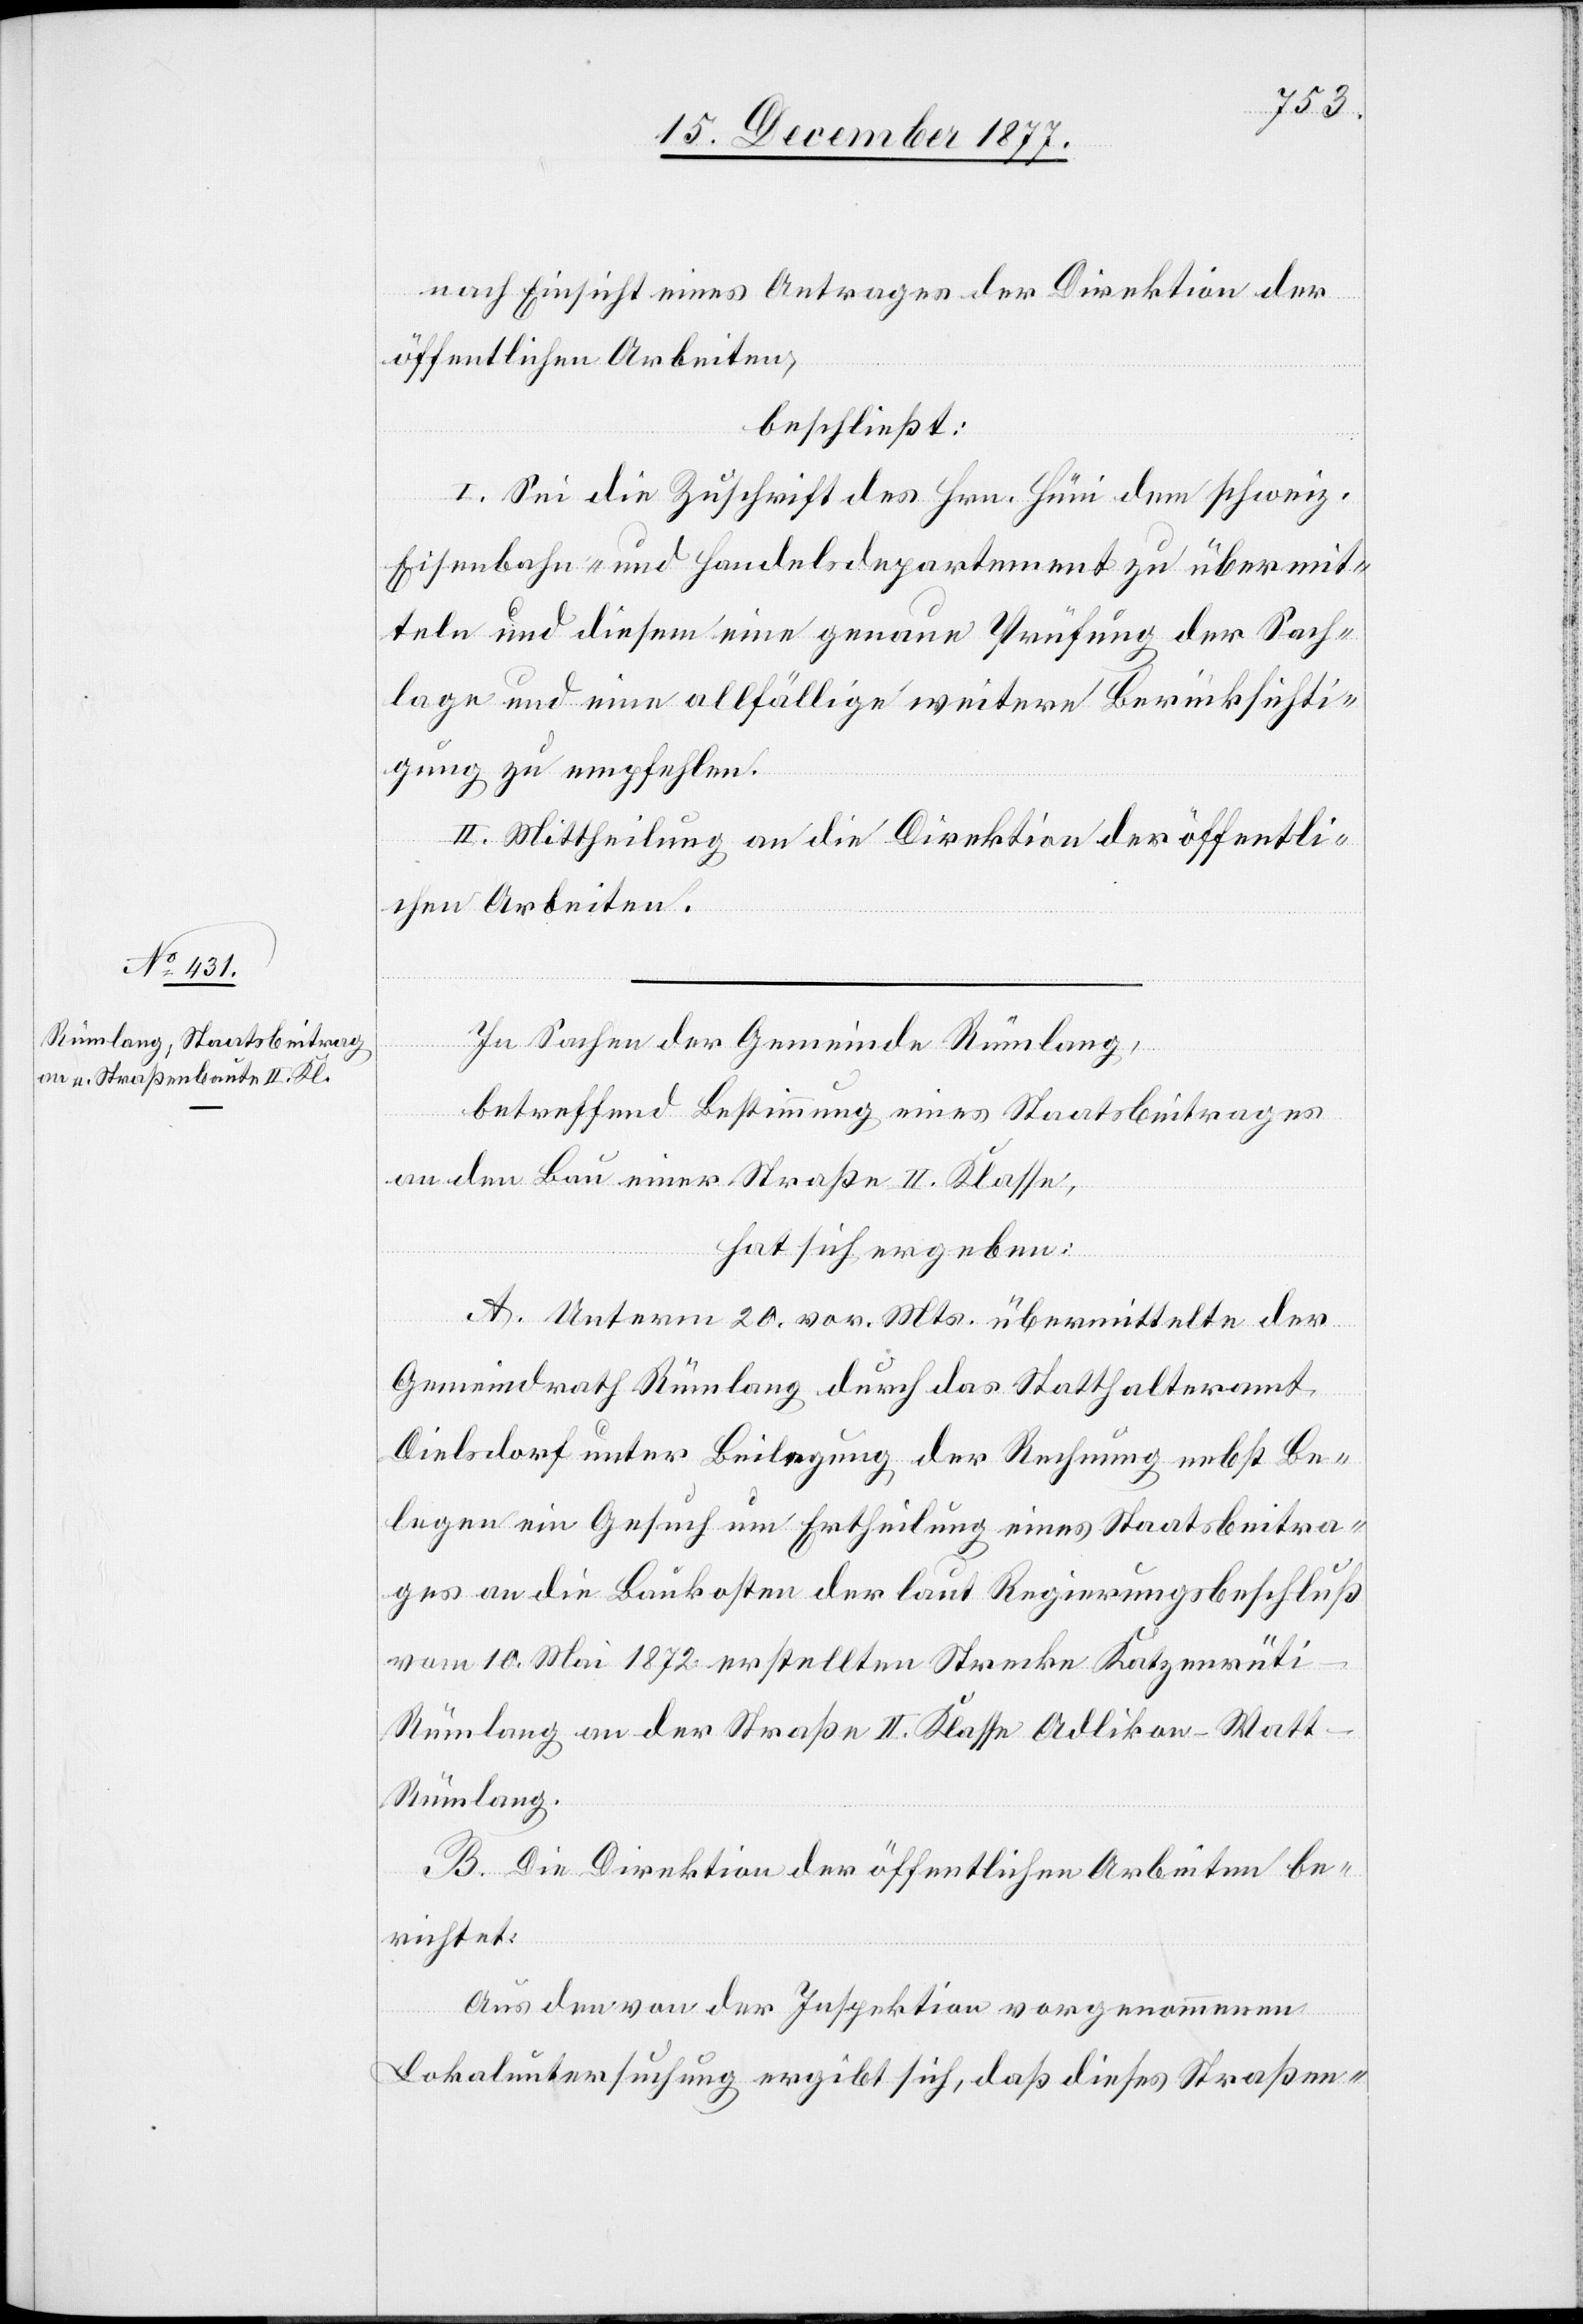
nach Einsicht eines Antrages der Direktion der
öffentlichen Arbeiten,
beschließt:
I. Sei die Zuschrift des Hrn. Hüni dem schweiz.
Eisenbahn- und Handelsdepartement zu übermit¬
teln und diesem eine genaue Prüfung der Sach¬
lage und eine allfällige weitere Berücksichti¬
gung zu empfehlen.
II. Mittheilung an die Direktion der öffentli¬
chen Arbeiten.
In Sachen der Gemeinde Rümlang,
betreffend Bestimmung eines Staatsbeitrages
an den Bau einer Straße II. Klasse,
hat sich ergeben:
A. Unterm 20. vor. Mts. übermittelte der
Gemeindrath Rümlang durch das Statthalteramt
Dielsdorf unter Beilegung der Rechnung nebst Be¬
legen ein Gesuch um Ertheilung eines Staatsbeitra¬
ges an die Baukosten der laut Regierungsbeschluß
vom 10. Mai 1872 erstellten Strecke Katzenrüt¬
i–Rümlang an der Straße II. Klasse Adlikon–Watt–R¬
ümlang.
B. Die Direktion der öffentlichen Arbeiten be¬
richtet:
Aus den von der Inspektion vorgenommenen
Lokaluntersuchung ergibt sich, daß dieses Straßen-